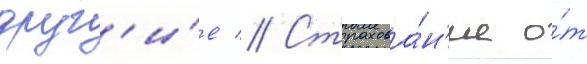
друг'и́е // Страхова́н'ие о́т